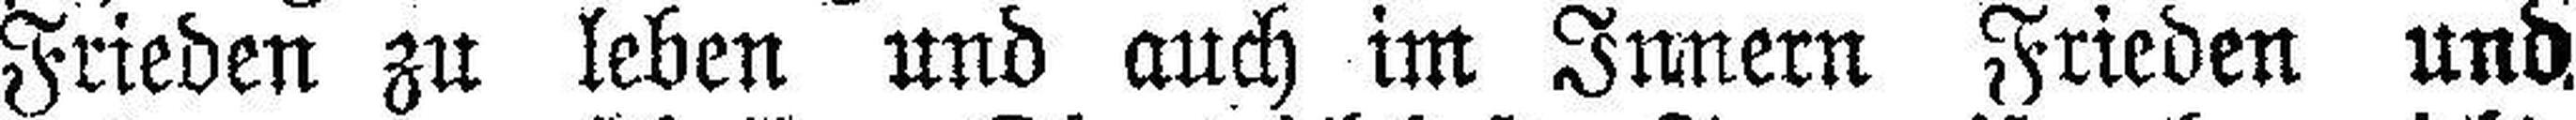
Frieden zu leben und auch im Innern Frieden und